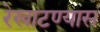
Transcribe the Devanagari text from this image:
रेखाटण्यास